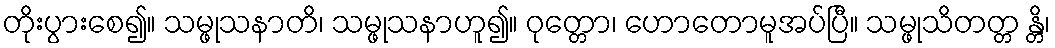
တိုးပွားစေ၍။ သမ္ဖုသနာတိ၊ သမ္ဖုသနာဟူ၍။ ဝုတ္တော၊ ဟောတောမူအပ်ပြီ။ သမ္ဖုသိတတ္တ န္တိ၊